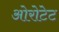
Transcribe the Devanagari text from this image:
ओरोटेट